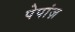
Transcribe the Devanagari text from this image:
पेपांज़